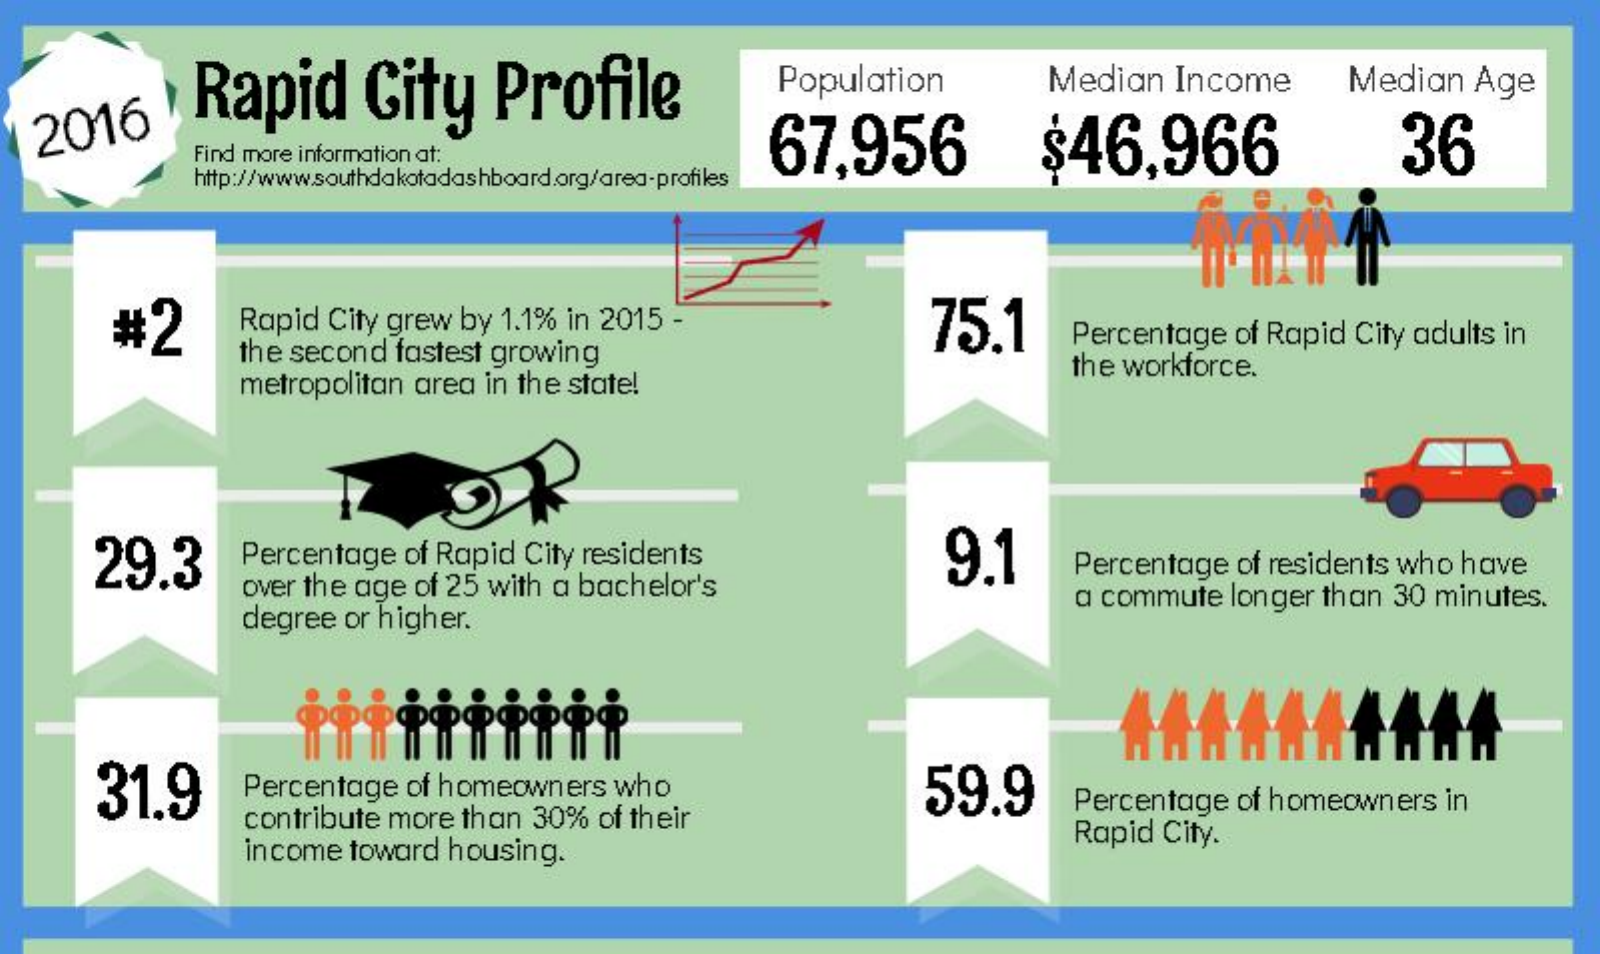
Rapid    City    Profile    Population    Median    Income    Median    Age
   2016    67,956    $46,966    36 Find more information at:
     http://www.southdakotadashboard.org/area-profiles
     #2    Rapid   City grew   by  1.1%  in 2015  -    75.1
     the second    fastest  growing
     Percentage    of Rapid   City  adults  in
     metropolitan    area  in the  state!
     the workforce.
     29.3    Percentage    of Rapid   City residents    9.1
     over the  age   of 25 with  a  bachelor's
     Percentage    of residents  who   have
     degree   or higher.
     a commute    longer  than   30 minutes.
     31.9    Percentage    of homeowners    who    59.9
     contribute  more   than   30%   of their
     Percentage    of homeowners    in
     income   toward   housing.
     Rapid   City.